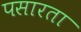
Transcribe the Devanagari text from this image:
पसारता